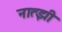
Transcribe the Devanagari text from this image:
नात्झी